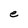
Character: e